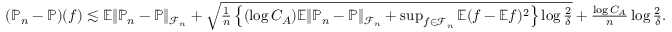
\begin{array} { r } { ( \mathbb { P } _ { n } - \mathbb { P } ) ( f ) \lesssim \mathbb { E } \| \mathbb { P } _ { n } - \mathbb { P } \| _ { \mathcal { F } _ { n } } + \sqrt { \frac { 1 } { n } \left\{ ( \log C _ { A } ) \mathbb { E } \| \mathbb { P } _ { n } - \mathbb { P } \| _ { \mathcal { F } _ { n } } + \operatorname* { s u p } _ { f \in \mathcal { F } _ { n } } \mathbb { E } ( f - \mathbb { E } f ) ^ { 2 } \right\} \log \frac { 2 } { \delta } } + { \frac { \log C _ { A } } { n } } \log \frac { 2 } { \delta } . } \end{array}